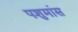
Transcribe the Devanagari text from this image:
पशुमांस